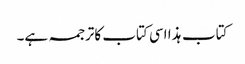
کتاب ہذا اسی کتاب کاترجمہ ہے۔